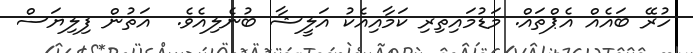
ހުރޭ ބައެއް އެޕްތައް. މަޑުމައިތިރި ކަމާއިއެކު އަލީޝާ ބުނެލިއެވެ.  އަތުން ފިލިޔަސް